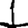
Digit: 1